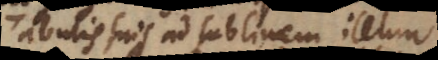
Tabulis suis ad sublimem illum